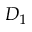
D _ { 1 }